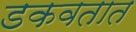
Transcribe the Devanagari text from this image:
डकवतात